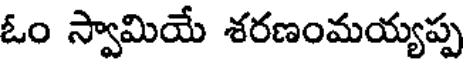
ఓం స్వామియే శరణంమయ్యప్ప